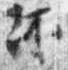
杯